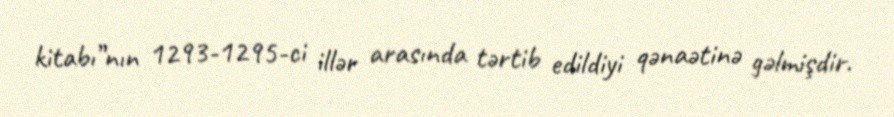
kitabı”nın 1293-1295-ci illər arasında tərtib edildiyi qənaətinə gəlmişdir.